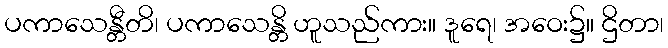
ပကာသေန္တီတိ၊ ပကာသေန္တိ ဟူသည်ကား။ ဒူရေ၊ အဝေး၌။ ဌိတာ၊